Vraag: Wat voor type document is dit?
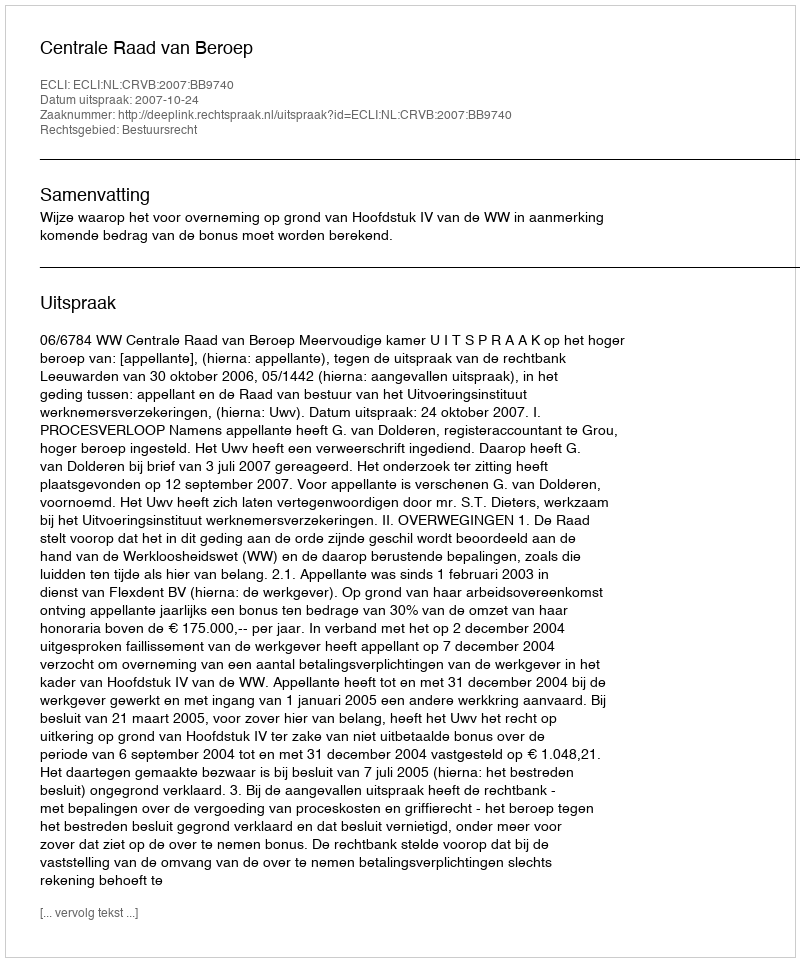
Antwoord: Uitspraak